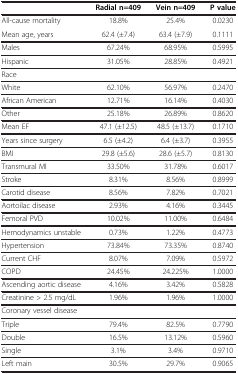
<table><thead><tr><td>[EMPTY_CELL]</td><td><b>Radial n=409</b></td><td><b>Vein n=409</b></td><td><b>P value</b></td></tr></thead><tbody><tr><td>All-cause mortality</td><td>18.8%</td><td>25.4%</td><td>0.0230</td></tr><tr><td>Mean age, years</td><td>62.4 (±7.4)</td><td>63.4 (±7.9)</td><td>0.1111</td></tr><tr><td>Males</td><td>67.24%</td><td>68.95%</td><td>0.5995</td></tr><tr><td>Hispanic</td><td>31.05%</td><td>28.85%</td><td>0.4921</td></tr><tr><td>Race</td><td>[EMPTY_CELL]</td><td>[EMPTY_CELL]</td><td>[EMPTY_CELL]</td></tr><tr><td>White</td><td>62.10%</td><td>56.97%</td><td>0.2470</td></tr><tr><td>African American</td><td>12.71%</td><td>16.14%</td><td>0.4030</td></tr><tr><td>Other</td><td>25.18%</td><td>26.89%</td><td>0.8620</td></tr><tr><td>Mean EF</td><td>47.1 (±12.5)</td><td>48.5 (±13.7)</td><td>0.1710</td></tr><tr><td>Years since surgery</td><td>6.5 (±4.2)</td><td>6.4 (±3.7)</td><td>0.3955</td></tr><tr><td>BMI</td><td>29.8 (±5.6)</td><td>28.6 (±5.7)</td><td>0.8130</td></tr><tr><td>Transmural MI</td><td>33.50%</td><td>31.78%</td><td>0.6017</td></tr><tr><td>Stroke</td><td>8.31%</td><td>8.56%</td><td>0.8999</td></tr><tr><td>Carotid disease</td><td>8.56%</td><td>7.82%</td><td>0.7021</td></tr><tr><td>Aortoilac disease</td><td>2.93%</td><td>4.16%</td><td>0.3445</td></tr><tr><td>Femoral PVD</td><td>10.02%</td><td>11.00%</td><td>0.6484</td></tr><tr><td>Hemodynamics unstable</td><td>0.73%</td><td>1.22%</td><td>0.4773</td></tr><tr><td>Hypertension</td><td>73.84%</td><td>73.35%</td><td>0.8740</td></tr><tr><td>Current CHF</td><td>8.07%</td><td>7.09%</td><td>0.5972</td></tr><tr><td>COPD</td><td>24.45%</td><td>24.225%</td><td>1.0000</td></tr><tr><td>Ascending aortic disease</td><td>4.16%</td><td>3.42%</td><td>0.5828</td></tr><tr><td>Creatinine &gt; 2.5 mg/dL</td><td>1.96%</td><td>1.96%</td><td>1.0000</td></tr><tr><td>Coronary vessel disease</td><td>[EMPTY_CELL]</td><td>[EMPTY_CELL]</td><td>[EMPTY_CELL]</td></tr><tr><td>Triple</td><td>79.4%</td><td>82.5%</td><td>0.7790</td></tr><tr><td>Double</td><td>16.5%</td><td>13.12%</td><td>0.5960</td></tr><tr><td>Single</td><td>3.1%</td><td>3.4%</td><td>0.9710</td></tr><tr><td>Left main</td><td>30.5%</td><td>29.7%</td><td>0.9065</td></tr></tbody></table>